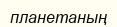
планетаның